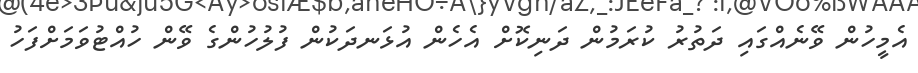
އެމީހުން ވޭނެއްގައި ދަތުރު ކުރަމުން ދަނިކޮށް އެހެން އުޅަނދަކުން ފުލުހުންގެ ވޭން ހުއްޓުވަމަށްފަހު